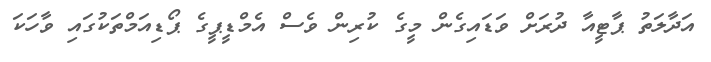
އަދާލަތު ޕާޓީއާ ދުރަށް ވަޑައިގެން މީގެ ކުރިން ވެސް އެމްޑީޕީގެ ޕޯޑިއަމްތަކުގައި ވާހަކަ